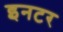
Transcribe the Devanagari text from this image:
इनटर